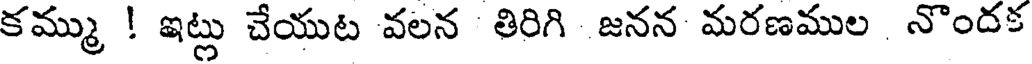
కమ్ము ! ఇట్లు చేయుట వలన తిరిగి జనన మరణముల నొందక